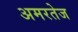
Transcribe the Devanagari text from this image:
अमरतेज